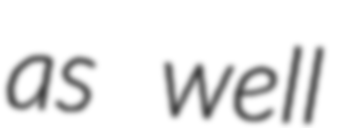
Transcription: as well